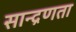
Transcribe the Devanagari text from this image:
सान्द्रणता